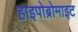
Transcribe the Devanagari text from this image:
हाइपोब्रोमाइट